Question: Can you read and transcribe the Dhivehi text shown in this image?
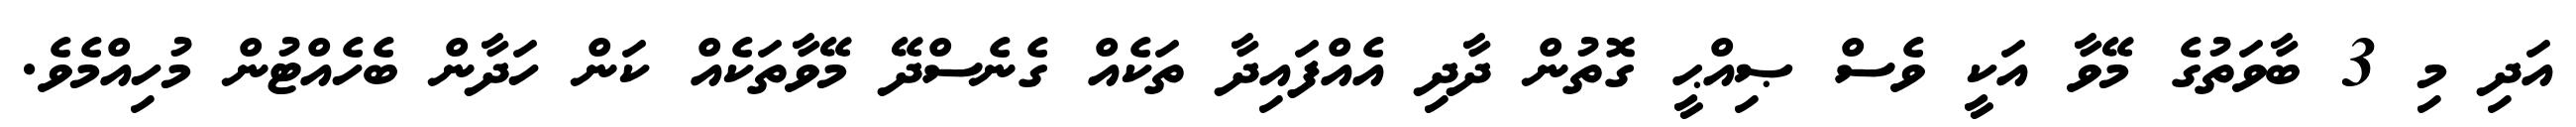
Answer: އަދި މި 3 ބާވަތުގެ މޭވާ އަކީ ވެސް ޞިއްޙީ ގޮތުން ދާދި އެއްފައިދާ ތަކެއް ގެނެސްދޭ މޭވާތަކެއް ކަން ހަދާން ބެހެއްޓުން މުހިއްމެވެ.